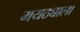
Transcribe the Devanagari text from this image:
मयठ्याला